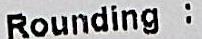
ROUNDING :